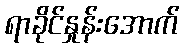
ရာခိုင်နှုန်းအောက်